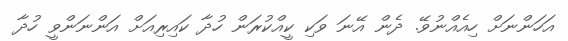
އަހަންނަށް ހިއެއްނުވޭ. ދެން އޭނަ ވަކި ކީއްކުރަން ހުދާ ކައިރިއަށް އަންނަންވީ ހުދާ